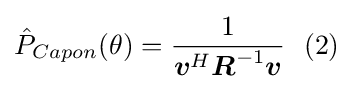
{\hat {P}}_{Capon}(\theta )={\frac {1}{{\boldsymbol {v}}^{H}{\boldsymbol {R}}^{-1}{\boldsymbol {v}}}}\ \ (2)